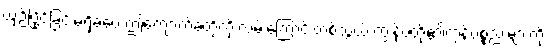
ယှဉ်ပြိုင်ခြင်းမရှိခဲ့ပေ ဤကျောက်ခဲ့တို့ကို လမ်းကြောင်းတစ်သွယ် ကျွန်ုပ်တို့၏ကုန်ပစ္စည်းများကို